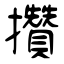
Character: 攢